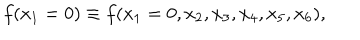
f ( x _ { 1 } = 0 ) \equiv f ( x _ { 1 } = 0 , x _ { 2 } , x _ { 3 } , x _ { 4 } , x _ { 5 } , x _ { 6 } ) ,